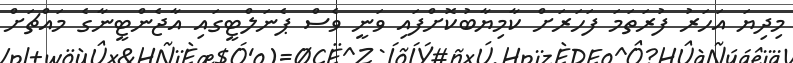
މިދިޔަ އަހަރު ފުރަތަމަ ފަހަރަށް ކާމިޔާބުކޮށްފައި ވަނީ ވެސް ޕެނަލްޓީގައި އާޖެންޓީނާގެ މައްޗަށް